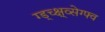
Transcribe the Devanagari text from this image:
ग्ड्च्क्ष्व्सेग्फ्व